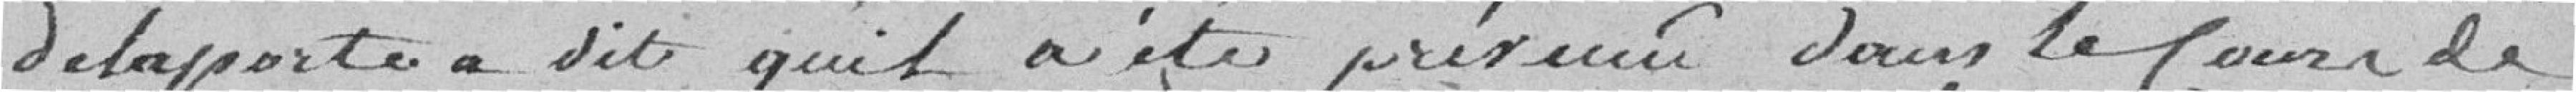
Delaporte a dit qu'il a été prévenu, dans le cours de